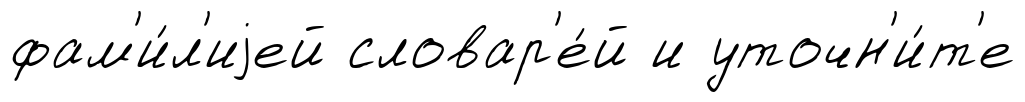
фам'и́л'иjей словар'е́й и уточн'и́т'е